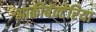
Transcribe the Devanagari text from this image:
आर्कीबॅक्टेरिया